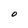
Character: O